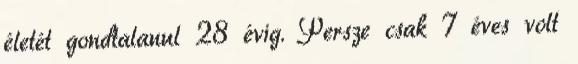
életét gondtalanul 28 évig. Persze csak 7 éves volt